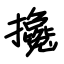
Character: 攙